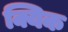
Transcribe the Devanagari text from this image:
क्यिक